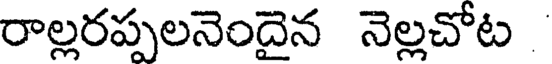
రాల్లరప్పలనెందైన నెల్లచోట